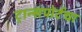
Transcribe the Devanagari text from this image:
ट्रान्सपोर्टचा